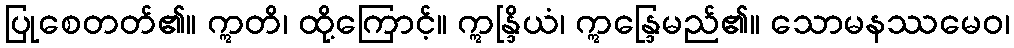
ပြုစေတတ်၏။ ဣတိ၊ ထို့ကြောင့်။ ဣန္ဒြိယံ၊ ဣန္ဒြေမည်၏။ သောမနဿမေဝ၊